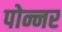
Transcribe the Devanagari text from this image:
पोन्नर